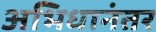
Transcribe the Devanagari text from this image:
अभिधानंतर